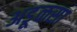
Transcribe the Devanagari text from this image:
अडूळसा